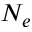
N _ { e }